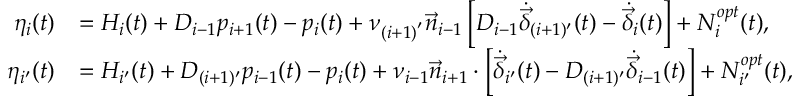
\begin{array} { r l } { { \eta _ { i } } ( t ) } & { = { H _ { i } } ( t ) + { { D } _ { i - 1 } } { p _ { i + 1 } } ( t ) - { p _ { i } } ( t ) + \nu _ { ( i + 1 ) ^ { ' } } { { \vec { n } } _ { i - 1 } } \left[ { { { D } _ { i - 1 } } { { \dot { \vec { \delta } } } _ { ( i + 1 ) ^ { \prime } } } ( t ) - { { \dot { \vec { \delta } } } _ { i } } ( t ) } \right] + N _ { i } ^ { { o p t } } ( t ) , } \\ { { \eta _ { i ^ { \prime } } } ( t ) } & { = { H _ { i ^ { \prime } } } ( t ) + { { D } _ { ( i + 1 ) ^ { \prime } } } { p _ { i - 1 } } ( t ) - { p _ { i } } ( t ) + \nu _ { i - 1 } { { \vec { n } } _ { i + 1 } } \cdot \left[ { { { \dot { \vec { \delta } } } _ { i ^ { \prime } } } ( t ) - { { D } _ { ( i + 1 ) ^ { \prime } } } { { \dot { \vec { \delta } } } _ { i - 1 } } ( t ) } \right] + N _ { i ^ { \prime } } ^ { { o p t } } ( t ) , } \end{array}